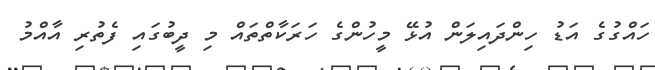
ހައްގުގެ އަޑު ހިންދައިލަން އުޅޭ މީހުންގެ ހަރަކާތްތައް މި ދީބުގައި ފެތުރި އާއްމު